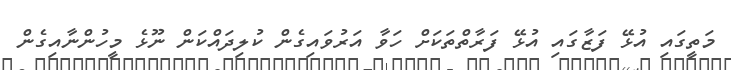
މަތީގައި އުޅޭ ފަޒާގައި އުޅޭ ފަރާތްތަކަށް ހަވާ އަރުވައިގެން ކުލިދައްކަން ނޫޅެ މީހުންނާއިގެން